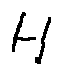
H